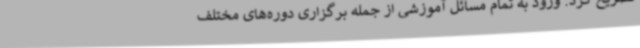
تصریح کرد: ورود به تمام مسائل آموزشی از جمله برگزاری دوره‌های مختلف